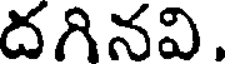
దగినవి,